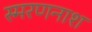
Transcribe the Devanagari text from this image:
स्मरणनाश